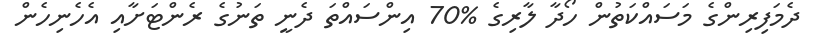
ދެމަފިރިންގެ މަސައްކަތުން ހޯދާ ލާރިގެ %70 އިންސައްތަ ދެނީ ތަނުގެ ރެންޓަށާއި އެހެނިހެން